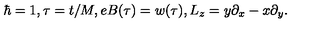
\hbar = 1 , \tau = t / M , e B ( \tau ) = w ( \tau ) , L _ { z } = y \partial _ { x } - x \partial _ { y } .